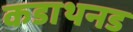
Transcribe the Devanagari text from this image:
कडाथनड